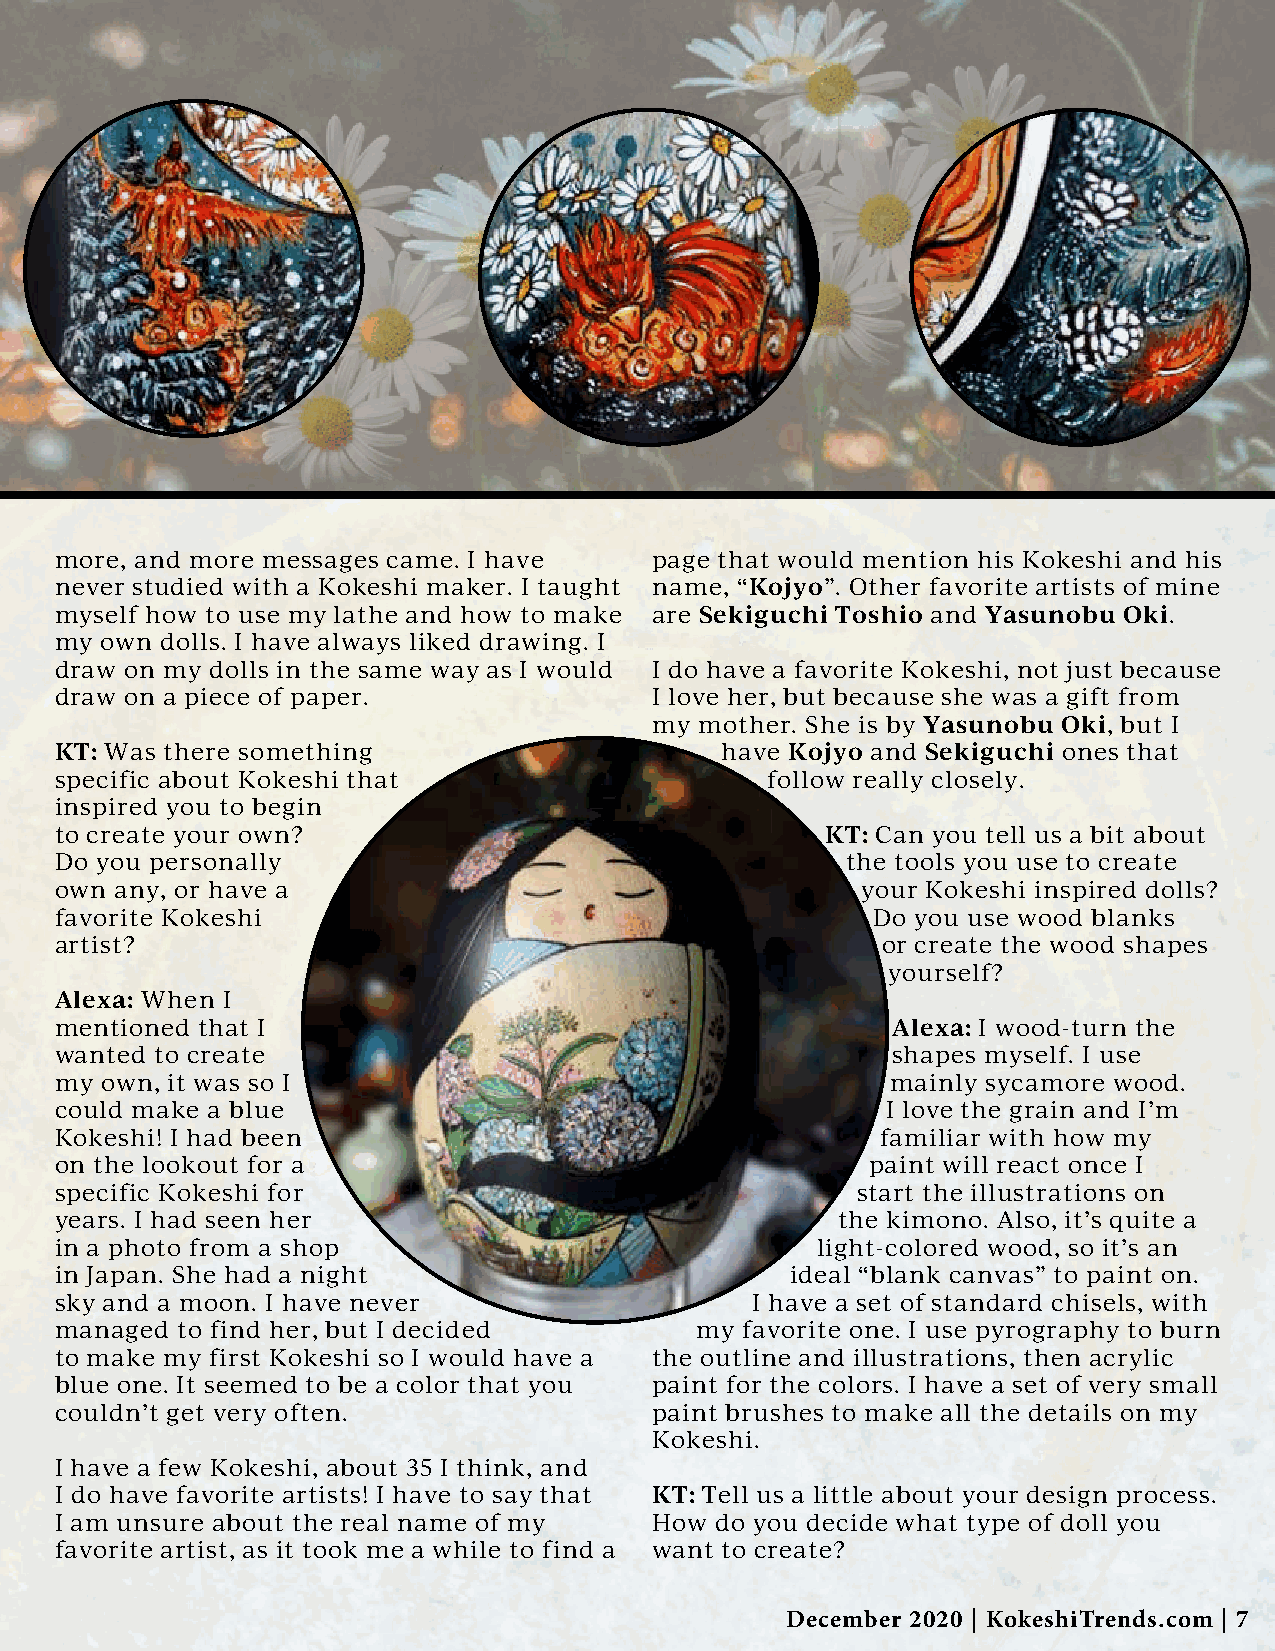
more, and more messages came. I have   page that would mention his Kokeshi and his
 never studied with a Kokeshi maker. I taught name, “Kojyo”. Other favorite artists of mine
 myself how to use my lathe and how to make are Sekiguchi Toshio and Yasunobu Oki.
 my own dolls. I have always liked drawing. I
 draw on my dolls in the same way as I would I do have a favorite Kokeshi, not just because
 draw on a piece of paper.              I love her, but because she was a gift from
 my mother. She is by Yasunobu Oki, but I
 KT: Was there something                     have Kojyo and Sekiguchi ones that
 specific about Kokeshi that                    follow really closely.
 inspired you to begin
 to create your own?                                KT: Can you tell us a bit about
 Do you personally                                   the tools you use to create
 own any, or have a                                   your Kokeshi inspired dolls?
 favorite Kokeshi                                      Do you use wood blanks
 artist?                                               or create the wood shapes
 yourself?
 Alexa: When I
 mentioned that I                                       Alexa: I wood-turn the
 wanted to create                                       shapes myself. I use
 my own, it was so I                                    mainly sycamore wood.
 could make a blue                                      I love the grain and I’m
 Kokeshi! I had been                                   familiar with how my
 on the lookout for a                                  paint will react once I
 specific Kokeshi for                                 start the illustrations on
 years. I had seen her                              the kimono. Also, it’s quite a
 in a photo from a shop                            light-colored wood, so it’s an
 in Japan. She had a night                       ideal “blank canvas” to paint on.
 sky and a moon. I have never                  I have a set of standard chisels, with
 managed to find her, but I decided        my favorite one. I use pyrography to burn
 to make my first Kokeshi so I would have a the outline and illustrations, then acrylic
 blue one. It seemed to be a color that you paint for the colors. I have a set of very small
 couldn’t get very often.               paint brushes to make all the details on my
 Kokeshi.
 I have a few Kokeshi, about 35 I think, and
 I do have favorite artists! I have to say that KT: Tell us a little about your design process.
 I am unsure about the real name of my  How do you decide what type of doll you
 favorite artist, as it took me a while to find a want to create?
 December 2020 | KokeshiTrends.com | 7